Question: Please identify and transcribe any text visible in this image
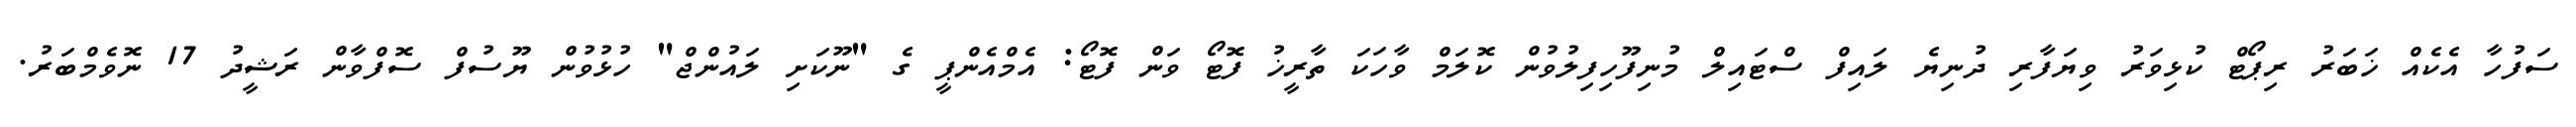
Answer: ސަފުހާ އެކެއް ޚަބަރު ރިޕޯޓް ކުޅިވަރު ވިޔަފާރި ދުނިޔެ ލައިފް ސްޓައިލް މުނިފޫހިފިލުވުން ކޮލަމް ވާހަކަ ތާރީޚު ފޮޓޯ ވަން ފޮޓޯ: އެމްއެންޕީ ގެ "ނޫކަށި ލައުންޖް" ހުޅުވުން ޔޫސުފް ސޮފްވާން ރަޝީދު 17 ނޮވެމްބަރު.